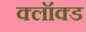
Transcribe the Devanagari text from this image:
क्लॉक्ड